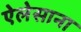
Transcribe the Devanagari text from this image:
ऐलेसाना